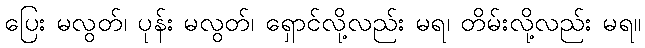
ပြေး မလွတ်၊ ပုန်း မလွတ်၊ ရှောင်လို့လည်း မရ၊ တိမ်းလို့လည်း မရ။